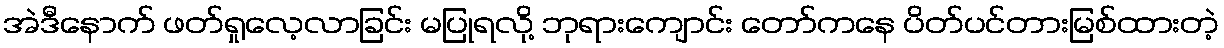
အဲဒီနောက် ဖတ်ရှုလေ့လာခြင်း မပြုရလို့ ဘုရားကျောင်း တော်ကနေ ပိတ်ပင်တားမြစ်ထားတဲ့